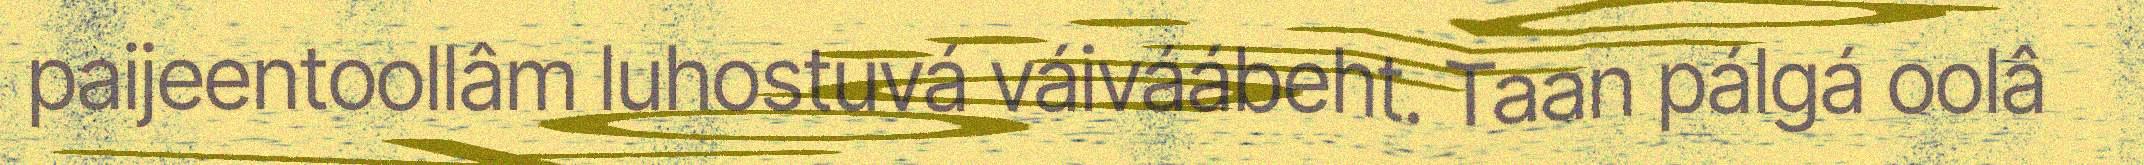
paijeentoollâm luhostuvá váiváábeht. Taan pálgá oolâ